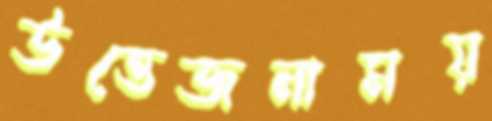
উত্তেজনাময়